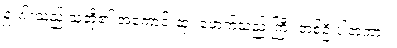
ရှူးဂါးသည် သူတို့၏ အကောင်းဆုံး ဖောက်သည် ကြီး တစ်ဦးပါတကား။